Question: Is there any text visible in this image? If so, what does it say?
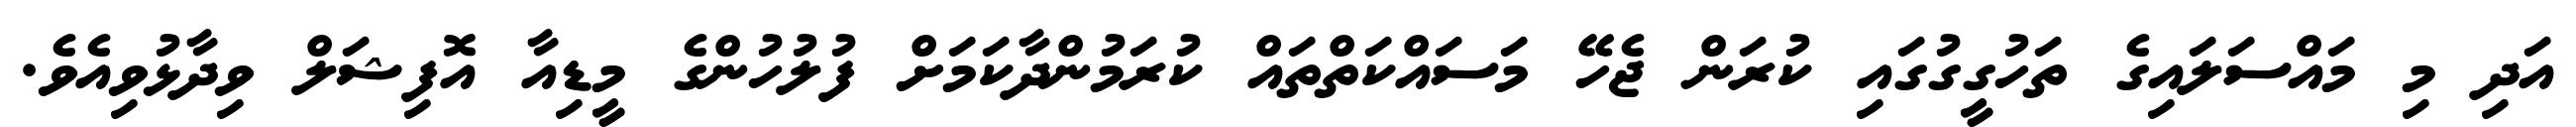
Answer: އަދި މި މައްސަލައިގެ ތަހުގީގުގައި ކުރަން ޖެހޭ މަސައްކަތްތައް ކުރަމުންދާކަމަށް ފުލުހުންގެ މީޑިއާ އޮފިޝަލް ވިދާޅުވިއެވެ.